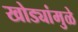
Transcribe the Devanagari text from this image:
खोड्यांमुळे